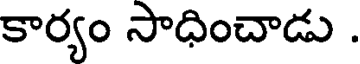
కార్యం సాధించాడు .